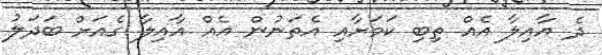
ދެ އާއިލާ އެއް ތިބި ކަމަށާއި އެތަނުން އެއް އާއިލާ ގެއަށް ބަދަލު